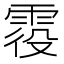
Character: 𩂹